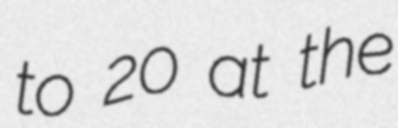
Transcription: to 20 at the